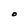
Character: O